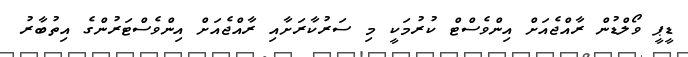
ޑީޕީ ވޯލްޑުން ރާއްޖެއަށް އިންވެސްޓް ކުރުމަކީ މި ސަރުކާރަށާއި ރާއްޖެއަށް އިންވެސްޓަރުންގެ އިތުބާރު